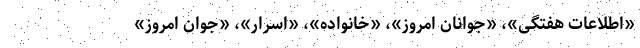
«اطلاعات هفتگی»، «جوانان امروز»، «خانواده»، «اسرار»، «جوان امروز»